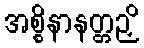
အစ္စိနာနတ္တဉှိ